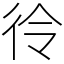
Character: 彾